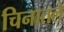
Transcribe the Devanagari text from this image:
चिनातले